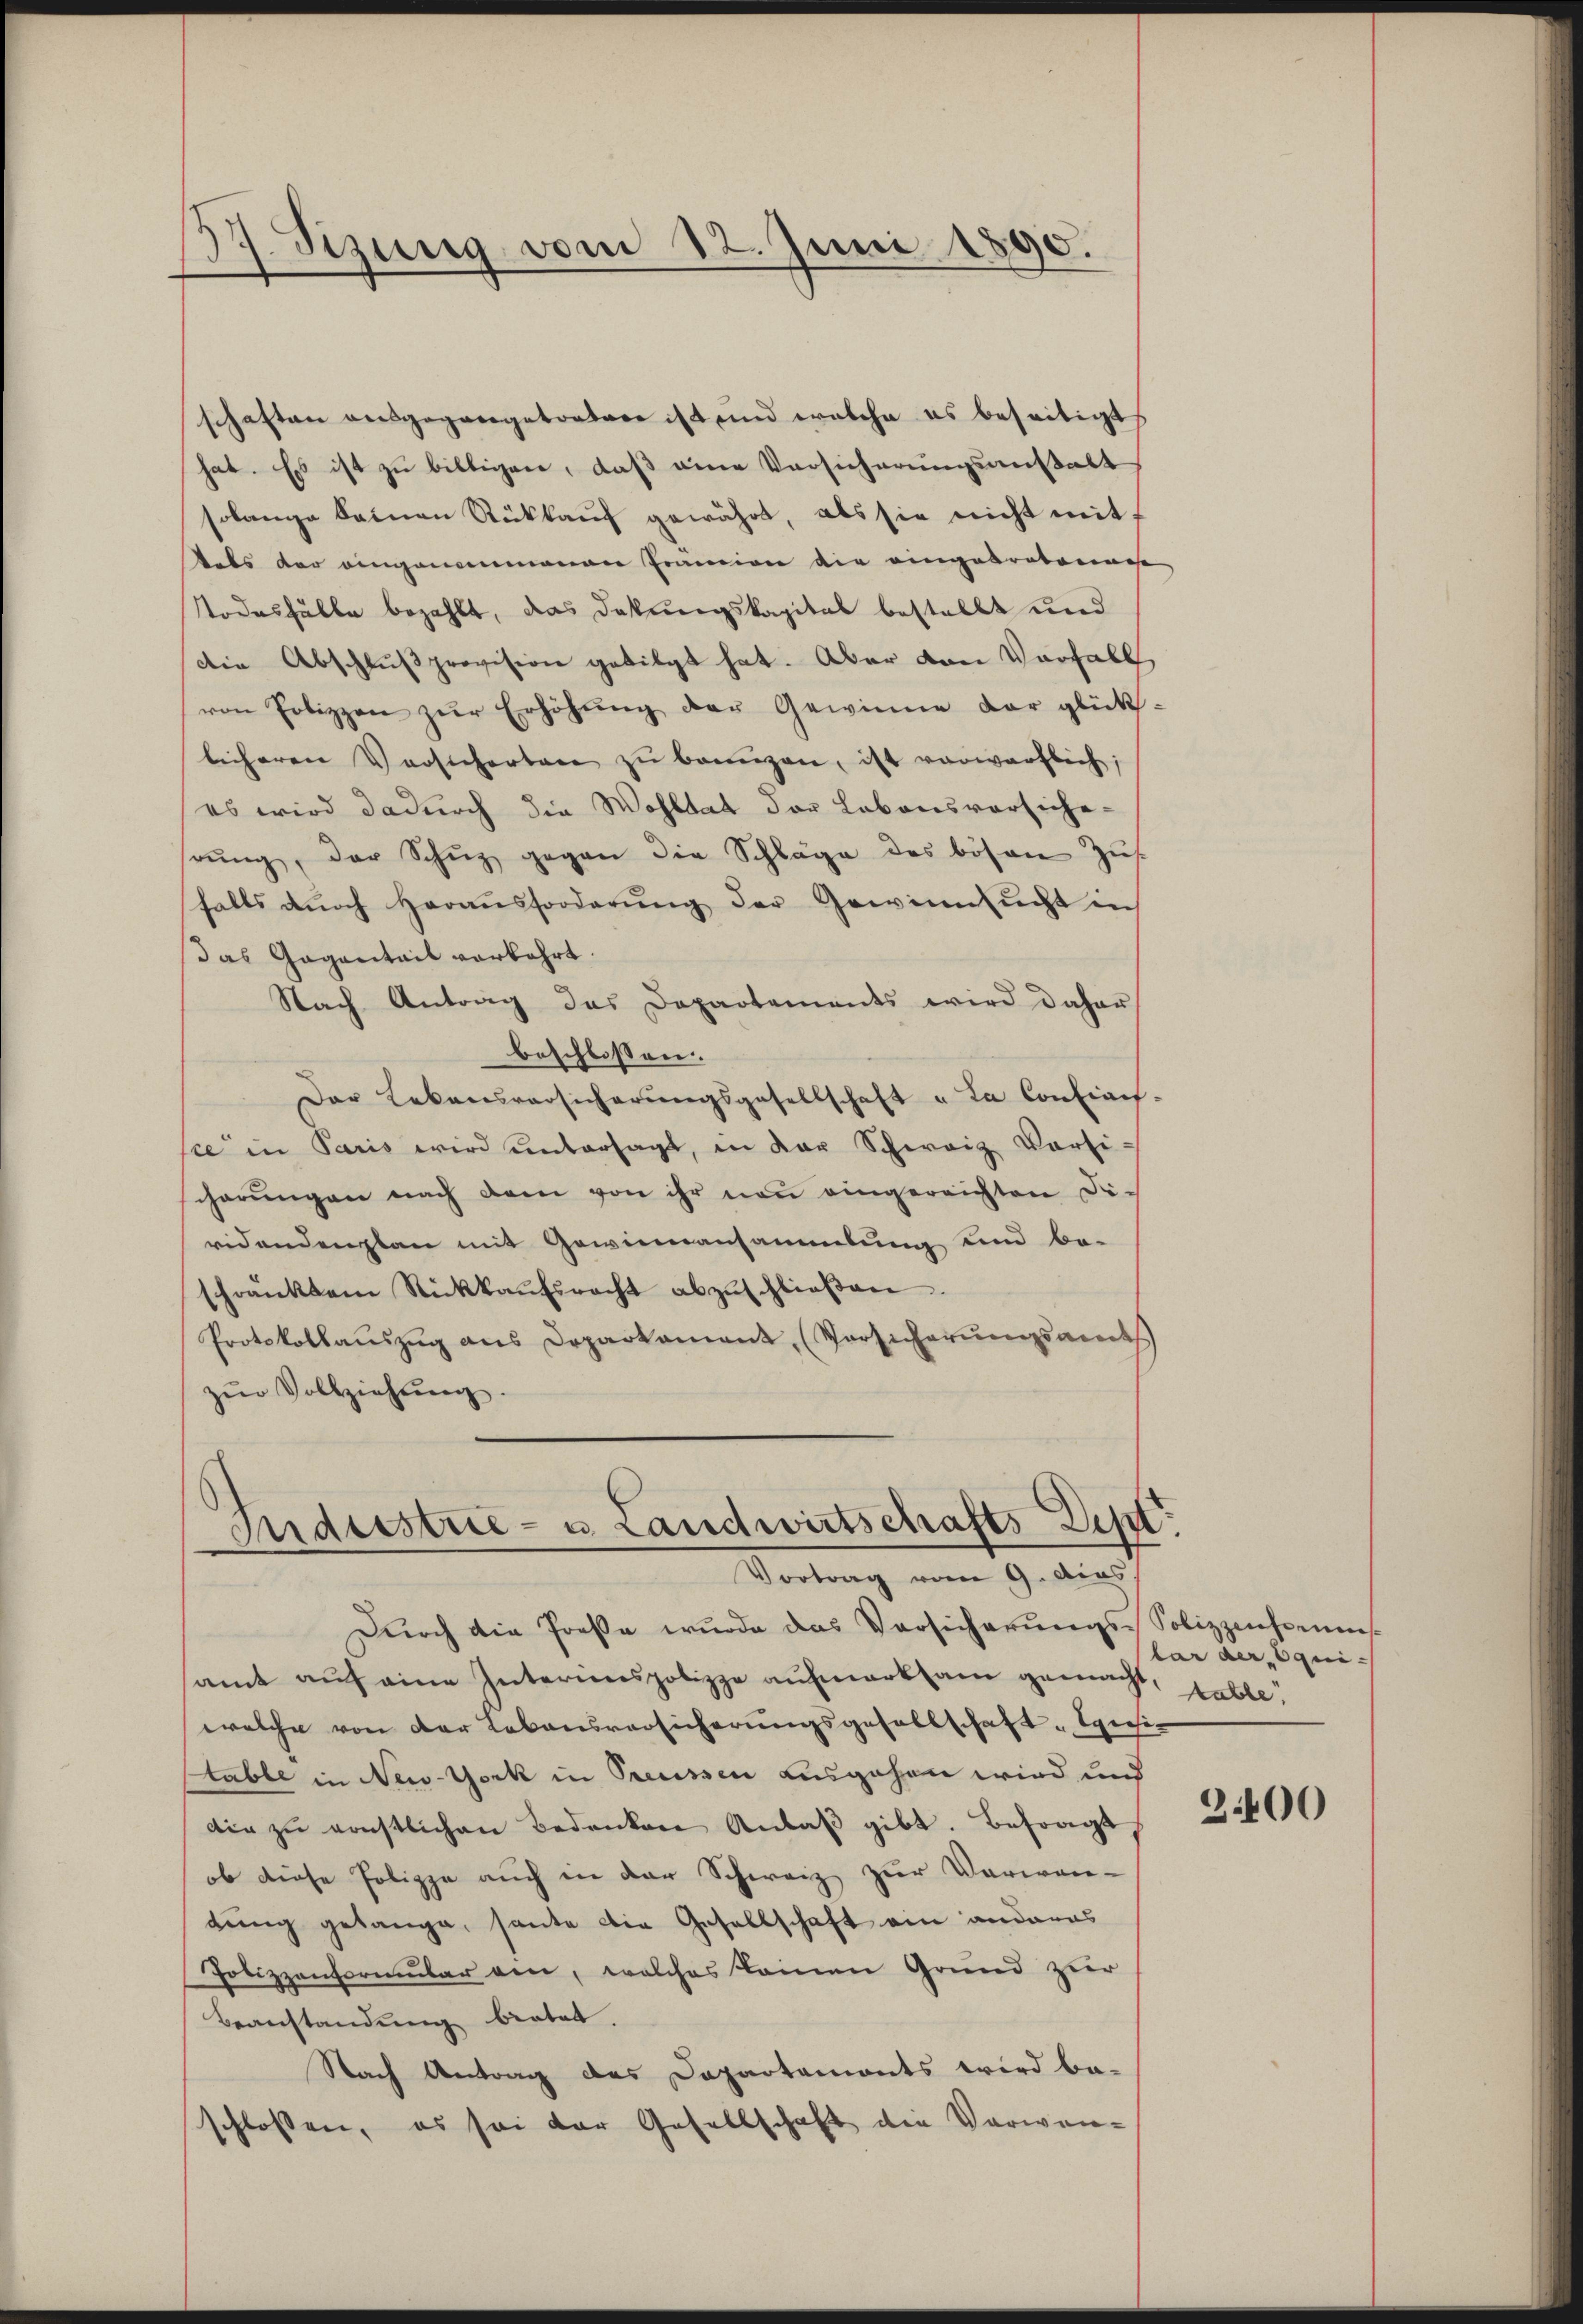
Sizung vom 12. Juni 1890.
.

schaften ausgegangetretere ist und welche es beseitigt,
hat. Es ist zu billigen, daß eine Versicherungsanstalt
solange keinen Rückkauf gewährt, als sie nicht mit
dals der eingenommenen Prämien die eingebratenwese
todesfälle bezahlt, das Dakungskapital bestellt und
die Abschlußprovision getilgt hat. Aber von Vorfall
von Polizzen zŭr Erhöhŭng der Gewinne der glück-
licheren Versicherten zŭ bringen, ist vorwürflich;
es wird dadurch die Wohltat der Labonsversiche-
rŭng, der Schŭz gegen die Schläge des bösen Zŭs
falls dŭrch Heraŭsforderŭng der Gewinnsucht in
das Gagantails vorkehrt.
Nach Antrag das Departements wird daher
beschlossen.
Der Lebensversicherŭngsgesellschaft u. La Confiach-
sce in Paris wird ŭntersagt, in der Schweiz Vorsi-
cherŭngen nach dem von ihr neŭ eingereichten Di-
videndenplan mit Gewinnansammlung und be-
schränktem Rückkaŭfsracht abzŭschlieβen.
Protokollaŭszŭg ans Deparkament (Vorsicherŭngsandts
zŭr Vollziehung.

Indestrie- u. Landwirtschafts Dist
Vortrag vom 9. ds.

Durch die Preße wurde das Versicherŭngs-Polizzenspens
amt aŭf eine Interinospolizze aufmerksam gemacht, table.
welche von der Lebensversicherŭngsgesellschaft „Consi-
table in New-York in Preussen ausgehen wird und
die zŭ ernstlichen Bedenken Anlaβ gibt. Besorgt
ob diese Polippe auch in der Schweiz zur Verwan-
dung gelange, heute die Gesellschaft ein anderas
Polizzonformular von, welches keinen Grund zur
Beanstandung bietet.
Nach Antrag des Dapartemonts wird be-
schlossen, es sei der Gesellschaft die Verwen-

lai der Equi¬

3400